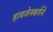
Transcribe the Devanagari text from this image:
हायजेनबर्गने